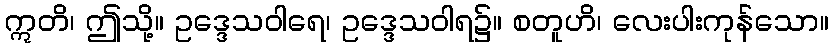
ဣတိ၊ ဤသို့။ ဥဒ္ဒေသဝါရေ၊ ဥဒ္ဒေသဝါရ၌။ စတူဟိ၊ လေးပါးကုန်သော။